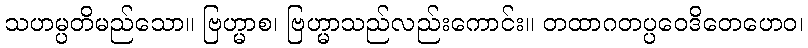
သဟမ္ပတိမည်သော။ ဗြဟ္မာစ၊ ဗြဟ္မာသည်လည်းကောင်း။ တထာဂတပ္ပဝေဒိတေဟေဝ၊